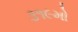
૩૧૯મો